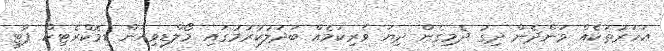
އަހަރުތަކެއް ވަންދެން ދިގު ދެމިގެން ދިޔަ ވެރިކަމެއް ބަދަލުކުރުމުގައި މޯލްޑިވިއަން ޑިމޮކްރެޓިކް ޕާޓީ